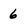
Character: 6